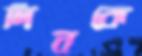
দিনকে